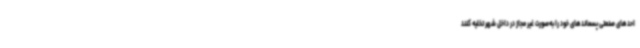
احدهای صنعتی پسماندهای خود را به‌صورت غیر مجاز در داخل شهر تخلیه کنند